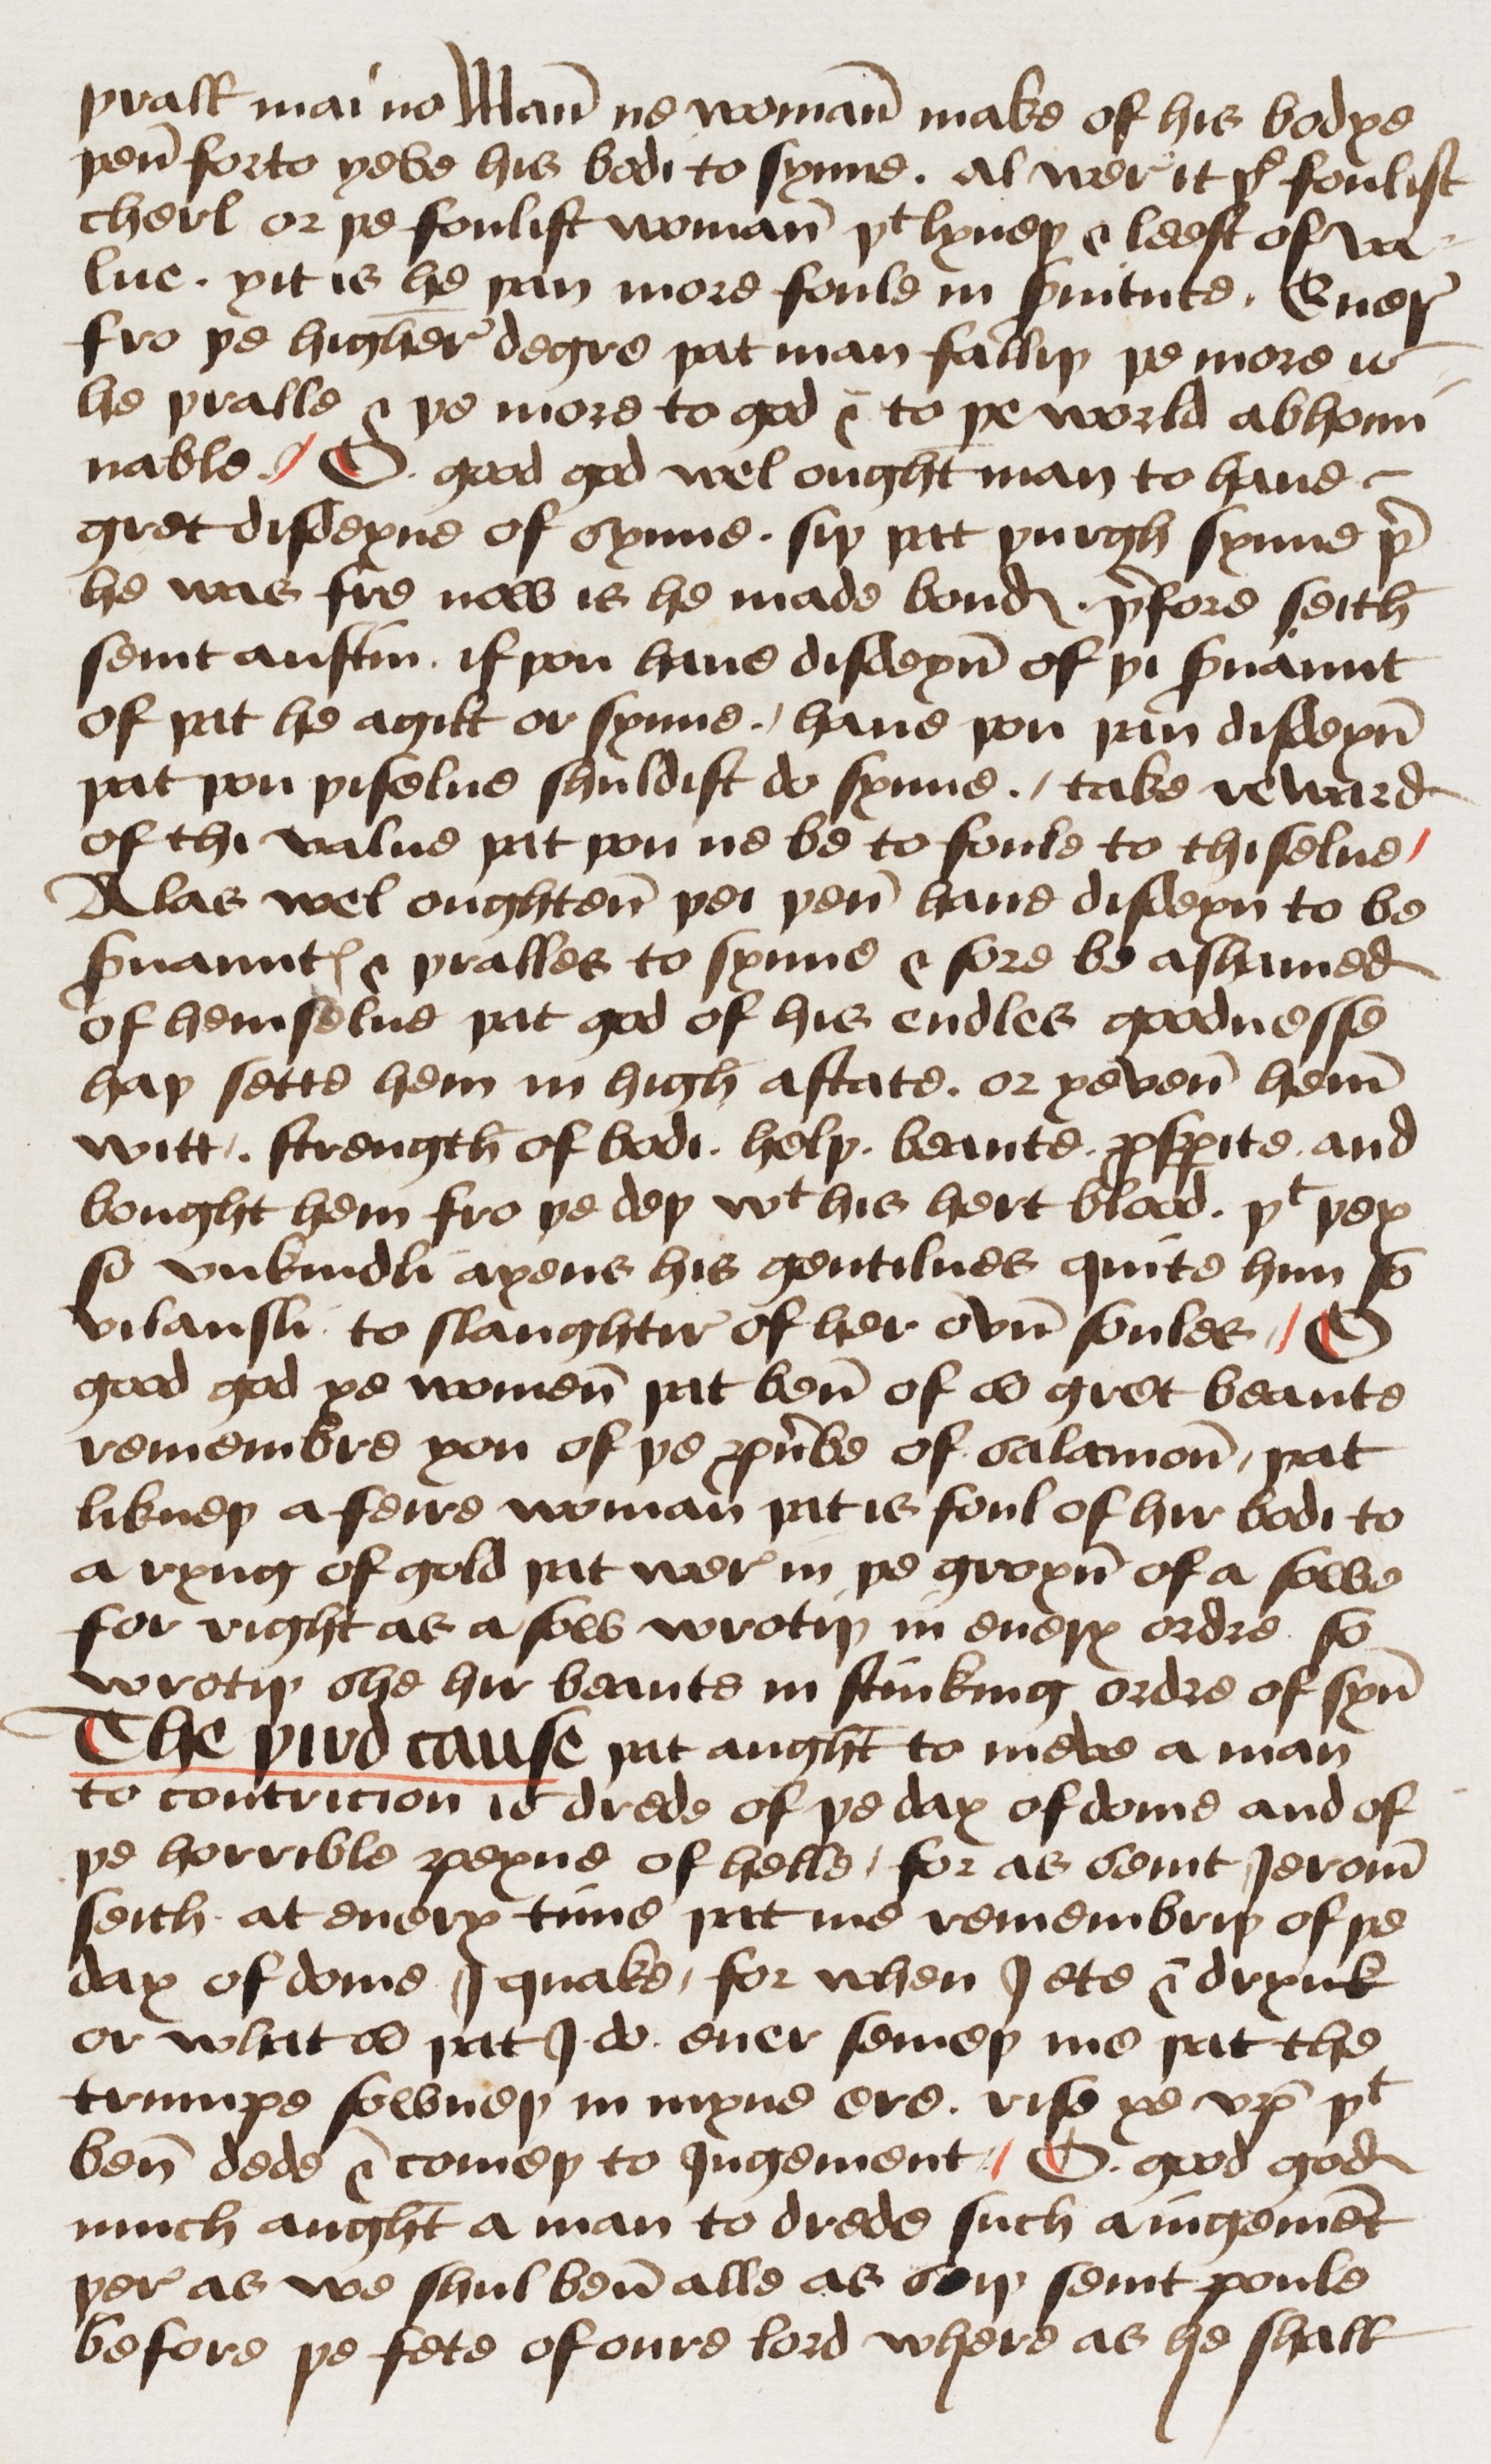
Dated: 1460–1499